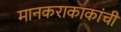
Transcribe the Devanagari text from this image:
मानकराकाकांची